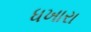
ધખારા